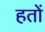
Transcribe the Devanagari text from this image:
हतों